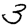
Digit: 3